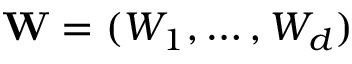
\mathbf { W } = ( W _ { 1 } , \dots , W _ { d } )